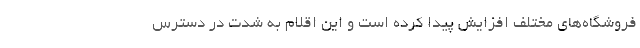
فروشگاه‌های مختلف افزایش پیدا کرده است و این اقلام به شدت در دسترس